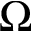
\Omega